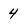
Character: 4